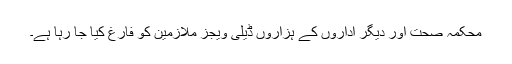
محکمہ صحت اور دیگر اداروں کے ہزاروں ڈیلی ویجز ملازمین کو فارغ کیا جا رہا ہے۔